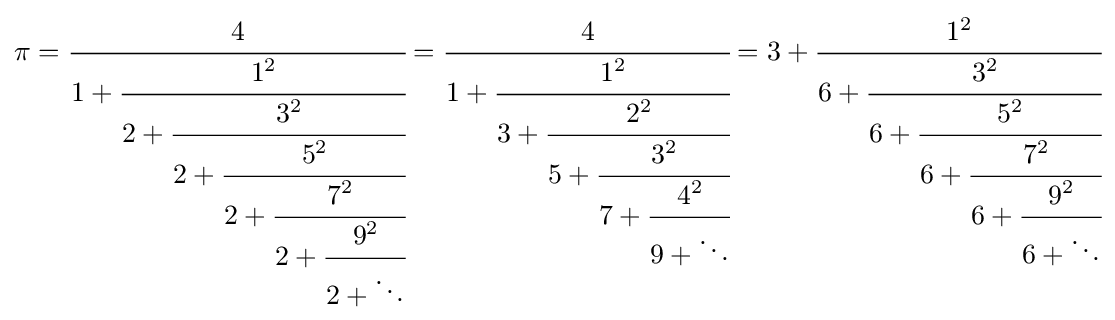
\pi ={\cfrac {4}{1+{\cfrac {1^{2}}{2+{\cfrac {3^{2}}{2+{\cfrac {5^{2}}{2+{\cfrac {7^{2}}{2+{\cfrac {9^{2}}{2+\ddots }}}}}}}}}}}}={\cfrac {4}{1+{\cfrac {1^{2}}{3+{\cfrac {2^{2}}{5+{\cfrac {3^{2}}{7+{\cfrac {4^{2}}{9+\ddots }}}}}}}}}}=3+{\cfrac {1^{2}}{6+{\cfrac {3^{2}}{6+{\cfrac {5^{2}}{6+{\cfrac {7^{2}}{6+{\cfrac {9^{2}}{6+\ddots }}}}}}}}}}